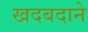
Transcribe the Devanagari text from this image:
खदबदाने